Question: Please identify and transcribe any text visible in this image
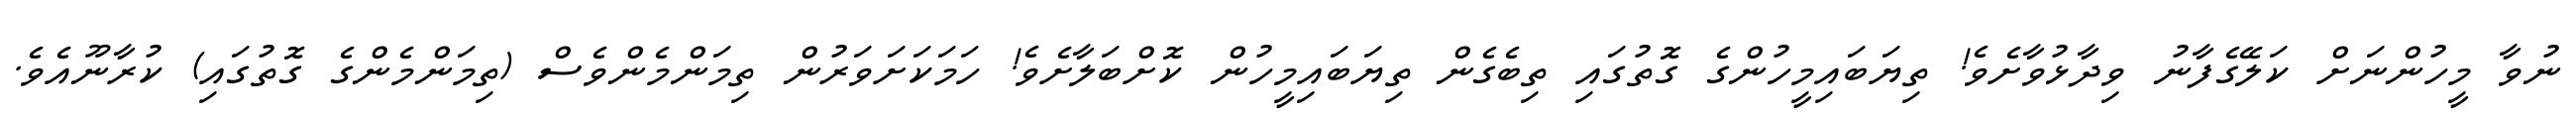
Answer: ނުވާ މީހުންނަށް ކަލޭގެފާނު ވިދާޅުވާށެވެ! ތިޔަބައިމީހުންގެ ގޮތުގައި ތިބެގެން ތިޔަބައިމީހުން ކޮށްބަލާށެވެ! ހަމަކަށަވަރުން ތިމަންމެންވެސް (ތިމަންމެންގެ ގޮތުގައި) ކުރާނޫއެވެ.